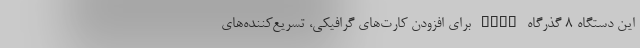
این دستگاه 8 گذرگاه PCIe برای افزودن کارت‌های گرافیکی، تسریع‌کننده‌های